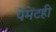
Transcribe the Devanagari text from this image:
पेमेंटही